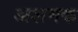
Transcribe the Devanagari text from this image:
अशमक